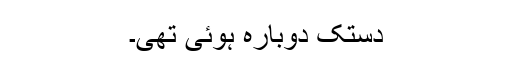
دستک دوبارہ ہوئی تھی۔